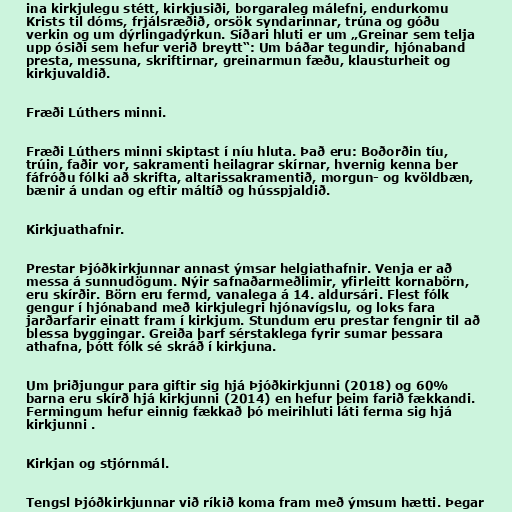
ina kirkjulegu stétt, kirkjusiði, borgaraleg málefni, endurkomu
Krists til dóms, frjálsræðið, orsök syndarinnar, trúna og góðu
verkin og um dýrlingadýrkun. Síðari hluti er um „Greinar sem telja
upp ósiði sem hefur verið breytt“: Um báðar tegundir, hjónaband
presta, messuna, skriftirnar, greinarmun fæðu, klausturheit og
kirkjuvaldið.

Fræði Lúthers minni.

Fræði Lúthers minni skiptast í níu hluta. Það eru: Boðorðin tíu,
trúin, faðir vor, sakramenti heilagrar skírnar, hvernig kenna ber
fáfróðu fólki að skrifta, altarissakramentið, morgun- og kvöldbæn,
bænir á undan og eftir máltíð og hússpjaldið.

Kirkjuathafnir.

Prestar Þjóðkirkjunnar annast ýmsar helgiathafnir. Venja er að
messa á sunnudögum. Nýir safnaðarmeðlimir, yfirleitt kornabörn,
eru skírðir. Börn eru fermd, vanalega á 14. aldursári. Flest fólk
gengur í hjónaband með kirkjulegri hjónavígslu, og loks fara
jarðarfarir einatt fram í kirkjum. Stundum eru prestar fengnir til að
blessa byggingar. Greiða þarf sérstaklega fyrir sumar þessara
athafna, þótt fólk sé skráð í kirkjuna.

Um þriðjungur para giftir sig hjá Þjóðkirkjunni (2018) og 60%
barna eru skírð hjá kirkjunni (2014) en hefur þeim farið fækkandi.
Fermingum hefur einnig fækkað þó meirihluti láti ferma sig hjá
kirkjunni .

Kirkjan og stjórnmál.

Tengsl Þjóðkirkjunnar við ríkið koma fram með ýmsum hætti. Þegar